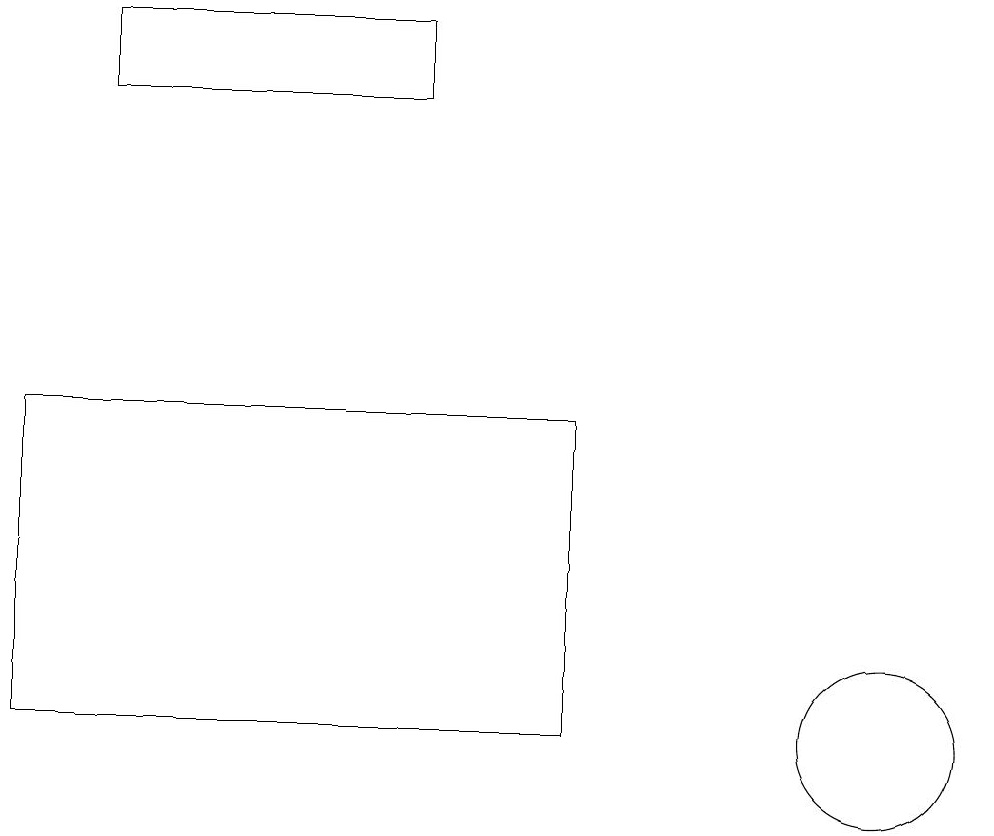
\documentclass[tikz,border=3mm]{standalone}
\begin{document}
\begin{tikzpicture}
\draw (1,19) rectangle (5,18);
\draw (7,10) rectangle (0,14);
\draw (11,10) circle (1);
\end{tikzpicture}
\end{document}